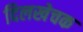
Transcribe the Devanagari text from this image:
दिलखेचक